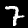
Digit: 7